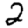
Digit: 2